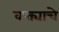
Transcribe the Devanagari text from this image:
वक्त्याचे